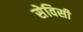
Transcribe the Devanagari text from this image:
सेविसी